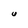
Character: U